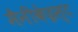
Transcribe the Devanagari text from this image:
मैनीकेइस्ट